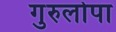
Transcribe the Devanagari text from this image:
गुरुलोपा